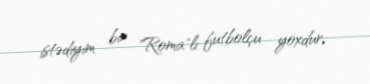
istədiyim bir "Roma"lı futbolçu yoxdur.